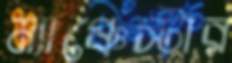
ম্যাঞ্চেস্টার